King Institute of Preventive Medicine Micro-Biological Section reports 1909-11
Year: 1909
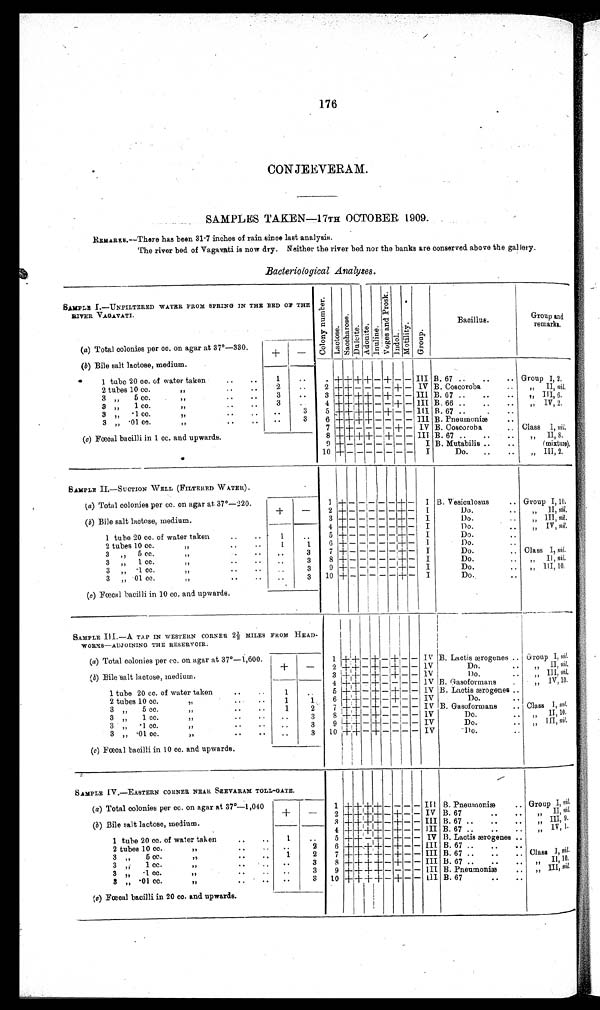
176
CONJEEVERAM.
SAMPLES TAKEN-17TH OCTOBER 1909.
REMARKS.—There has been 31.7 inches of rain since last analysis.
The river bed of Vagavati is now dry. Neither the river bed nor the banks are conserved above the gallery.
Bacteriological Analyses.
SAMPLE I.—UNFILTERED WATER FROM SPRING IN THE BED OF THE
RIVER VAGAVATI.
C o l o n y n u m b e r .
L a c t o s e .
S a c c h a r o s e .
Dul ci t e.
A d o n i t e . I nul i ne . V o g a s a n d P r o s k . I ndol .
M o t i l i t y .
Gr o u p .
Bacillus.
Group and
remarks.
(a) Total colonies per cc. on agar at 37°—330.
+
-
(b) Bile salt lactose, medium.
1 tube 20 cc. of water taken
..
..
1
. . 1 + + + + - + - - III B. 67 ..
..
. . Group I, 2.
2 tubes 10 cc.
..
2
..
2 + + - - - - + - IV B. Coscoroba
.. „ II, ni l .
3 ,,
.5 cc. ,, .. ..
3
. . 3 + + + + - + - - III B. 67 ..
..
.. ,, III, 6
3 ,,
1 cc.
„
..
..
3
. . 4 + + + + - - + - III B. 66 ..
..
.. ;,IV, 2.
3 ,,
.1 cc. ,, ..
. .
3
5 + + + + - + - - Ill B.67 ..
..
3 , ,
. 1 c c .
, ,
. .
. .
. .
3
6 + + + + - - - - III B. Pneumoniæ
..
7 + + - - - - + - IV B. Coscoroba
. . Class I, ni l .
(c) Fœcal bacilli in 1 cc. and upwards.
8 + + + + - + - - III B. 67 ..
..
.. „ II, 8.
9 +- - - - - - - I B. Mutabilis ..
..
(mixture).
10 + - - - - - - - I
Do. ..
.. „ III, 2.
SAMPLE II—SUCTION WELL (FILTERED WATER).
(a) Total colonies per cc. on agar at 37°—220.
1 + - - - - - + - I B. Vesiculosus
.. Group I,10.
+
-
2 + - - - - - + - I
Do.
. . „ II, ni l .
(b) Bile salt lactose, medium.
3 + - - - - - + - I
Do.
.. „ III, nil.
4 + - - - - - + - I
Do.
.. „ IV, nil.
1 tube 20 cc, of water taken
..
..
1
.
5 + - - - - - + - I
Do.
. .
2 tubes 10 cc.
,, .. ..
1
1
6 + - - - - - + - I
Do.
. .
3 ,, 5 cc.
,, ..
. .
3
7 + - - - - - + - I
Do.
. . Class I, nil.
3 „ 1 cc.
,, .. ..
. .
3
8 + - - - - - + - I
D o .
. .
„ II, nil.
3 ,, .1cc.
,,
..
..
. .
3
9 + - - - - - + - I
Do.
.. „ III, 10.
3 „.01 cc.
,, .. ..
..
3 10 + - - - - - + - I
Do.
. .
(c) Fœcal bacilli in 10 cc. and upwards.
SAMPLE .III.—A TAP IN WESTERN CORNER 2½ MILES FROM HEAD-
WORKS—ADJOINING THE RESERVOIR.
(a) Total colonies per cc. on agar at 37°—1,600.
1 + + - + - + - - IV B. Lactis ærogenes .. Group I, nil.
+
- 2 + + - + - + - - IV
Do.
. .
,, II, nil.
(b) Bile salt lactose, medium.
3 + +
- + - + - - I V
Do.
. . ,, III, nil.
4 + + - + - - - - IV B. Gasoformans .. ,, IV, 10.
1 tube 20 cc. of water taken
..
. .
1
. . 5 + + - + - + - - IV B. Lactis ærogenes ..
2 tubes 10 cc.
. .
. .
1
1
6 + + - + - + - - IV
Do.
. .
3 „ 5 cc.
,, . .
1
2
7 + + - + - - - - IV B. Gasoformans .. Class I, nil.
3 ,, 1 cc.
, ,
. .
. .
. .
3
8 + + - + - - - - IV
Do.
..
, , I I 1 0 .
3 ,, .1 cc.
, ,
. .
. .
. .
3
9 + + - + - - - - IV
Do.
.. ,, III, nil.
3„ .01 cc.
,, .. ..
. .
3 10 + + - + - - - - IV
Do.
..
(c) Fœcal bacilli in 10 cc. and upwards.
SAMPLE IV.—EASTERN CORNER NEAR SEEVARAM TOLL-GATE.
(a) Total colonies per cc. on agar at 37°—1,040
1 + + + + - - - - III B. Pneumoniæ
.. Group I, n i l .
+
-
2 + + + + - + - - IV B. 67
..
.. ,, II, nil.
(b) Bile salt lactose, medium.
3 + + + + - + - - III B. 67 ..
..
.. ,, III, 9.
4 + + + + - + - - III B. 67 ..
..
.. ,, IV,1.
1 tube 20 cc. of water taken
..
..
1
..
5 + + + + - ± - - IV B. Lactis ærogenes
..
2 tubes 10 cc.
, ,
. .
. .
. .
2
6 + + + + - + - - III B. 67 ..
3 „ 5 cc.
,,
..
..
1
2
7 + + + + - + - - III B. 67 ..
..
.. Class1, nil.
3 ,, 1 cc , ,
. . . .
3
8 + + + + - + - - III B. 67 ..
..
..
, , I I , 1 0
3 „ .1 cc.
, ,
. . . .
3
9 + + + + - - - - III B. Pneumoniæ
.. ,, III, nil.
3„ .01 cc.
, ,
. .
. . ..
3 10 + + + + - + - - I I I B. 67
..
..
(c) Fœcal bacilli in 20 cc. and upwards.